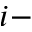
i -